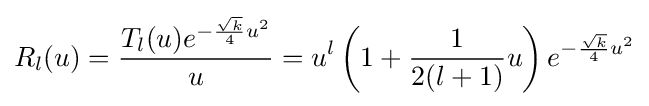
R_{l}(u)={\frac {T_{l}(u)e^{-{\frac {\sqrt {k}}{4}}u^{2}}}{u}}=u^{l}\left(1+{\frac {1}{2(l+1)}}u\right)e^{-{\frac {\sqrt {k}}{4}}u^{2}}